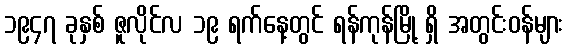
၁၉၄၇ ခုနှစ် ဇူလိုင်လ ၁၉ ရက်နေ့တွင် ရန်ကုန်မြို့ ရှိ အတွင်းဝန်များ